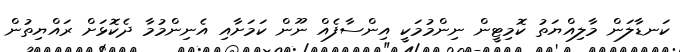
ކަނޑާލަން މާލިއްޔަތު ކޮމިޓީން ނިންމުމަކީ އިންސާފެއް ނޫން ކަމަށާއި އެނިންމުމާ ދެކޮޅަށް ރައްޔިތުން